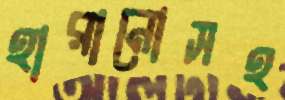
হারানোসহ